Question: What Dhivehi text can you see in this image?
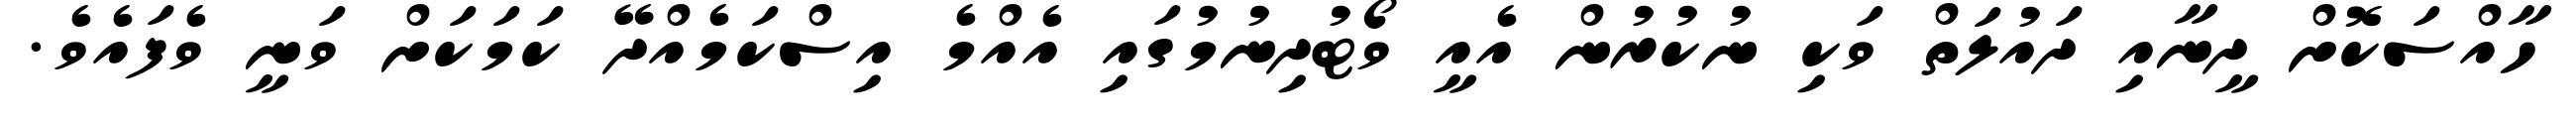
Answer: ހާއްސަކޮށް ދީނާއި ދައުލަތް ވަކި ނުކުރުން އެއީ ވޯޓުދިނުމުގައި އެއްމެ އިސްކަމެއްދޭ ކަމަކަށް ވަނީ ވެފައެވެ.